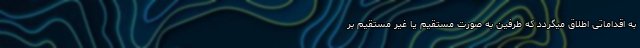
به اقداماتی اطلاق میگردد که طرفین به صورت مستقیم یا غیر مستقیم بر